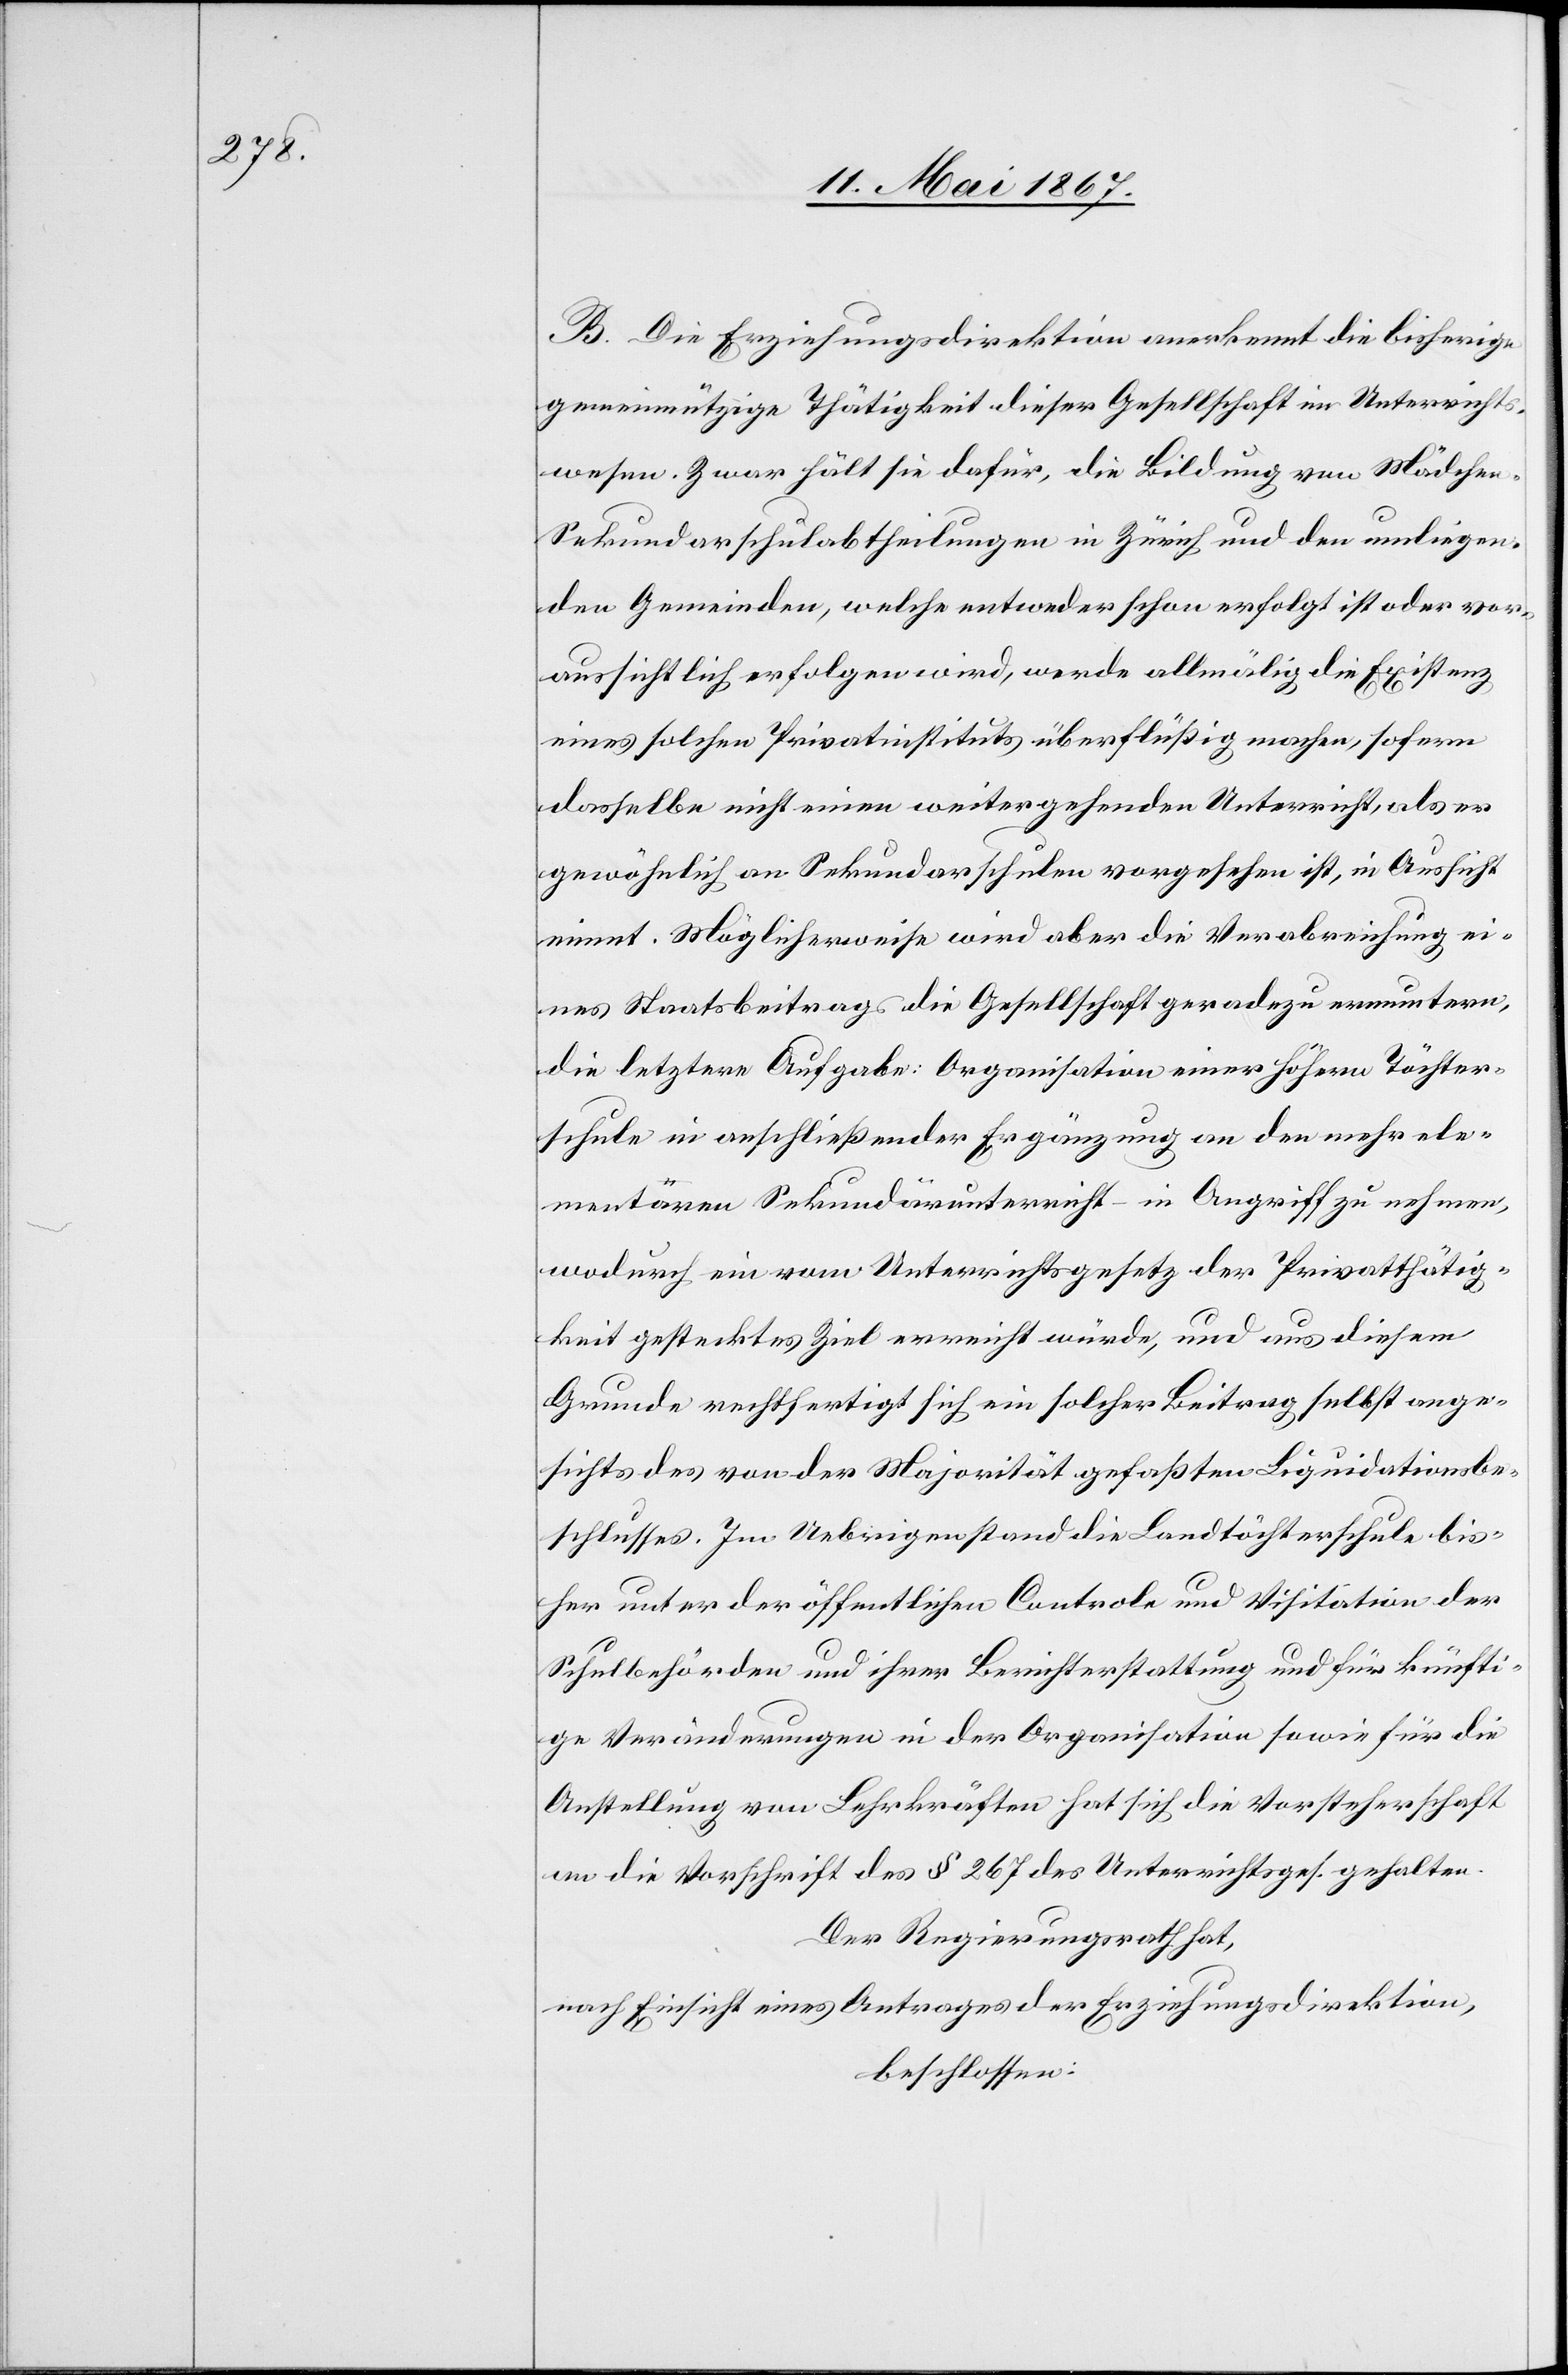
B. Die Erziehungsdirektion anerkennt die bisherige
gemeinnützige Thätigkeit dieser Gesellschaft im Unterrichts¬
wesen. Zwar hält sie dafür, die Bildung von Mädche¬
n-Sekundarschulabtheilungen in Zürich und den umliegen¬
den Gemeinden, welche entweder schon erfolgt ist oder vor¬
aussichtlich erfolgen wird, werde allmälig die Existenz
eines solchen Privatinstituts überflüßig machen, sofern
dasselbe nicht einen weitergehenden Unterricht, als er
gewöhnlich an Sekundarschulen vorgesehen ist, in Aussicht
nimmt. Möglicherweise wird aber die Verabreichung ei¬
nes Staatsbeitrages die Gesellschaft geradezu ermuntern,
die letztere Aufgabe: Organisation einer höhern Töchter¬
schule in anschließender Ergänzung an den mehr ele¬
mentaren Sekundärunterricht – in Angriff zu nehmen,
wodurch ein vom Unterrichtsgesetz der Privatthätig¬
keit gestecktes Ziel erreicht würde, und aus diesem
Grunde rechtfertigt sich ein solcher Beitrag selbst ange¬
sichts des von der Majorität gefaßten Liquidationsbe¬
schlusses. Im Uebrigen stand die Landtöchterschule bis¬
her unter der öffentlichen Controle und Visitation der
Schulbehörden und ihrer Berichterstattung und für künfti¬
ge Veränderungen in der Organisation sowie für die
Anstellung von Lehrkräften hat sich die Vorsteherschaft
an die Vorschrift des § 267 des Unterrichtsges. gehalten.
Der Regierungsrath hat,
nach Einsicht eines Antrages der Erziehungsdirektion,
beschlossen: